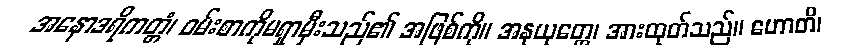
အနောဒရိကတ္တံ၊ ဝမ်းစာကိုမရှာမှီးသည်၏ အဖြစ်ကို။ အနုယုတ္တေ၊ အားထုတ်သည်။ ဟောတိ၊